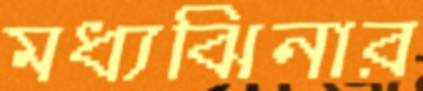
মধ্যঝিনার